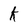
Character: K